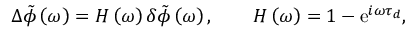
\Delta \tilde { \phi } \left( \omega \right) = H \left( \omega \right) \delta \tilde { \phi } \left( \omega \right) , \qquad H \left( \omega \right) = 1 - \mathrm { e } ^ { i \omega \tau _ { d } } ,